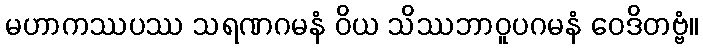
မဟာကဿပဿ သရဏဂမနံ ဝိယ သိဿဘာဝူပဂမနံ ဝေဒိတဗ္ဗံ။